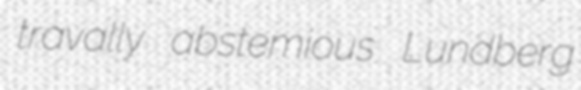
travally abstemious Lundberg